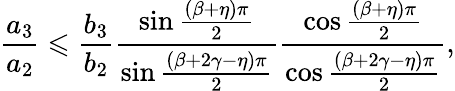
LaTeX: \frac{a_{3}}{a_{2}}\leqslant\frac{b_{3}}{b_{2}}\frac{\sin\frac{\left(\beta+\eta\right)\pi}{2}}{\sin\frac{\left(\beta+2\gamma-\eta\right)\pi}{2}}\frac{\cos\frac{\left(\beta+\eta\right)\pi}{2}}{\cos\frac{\left(\beta+2\gamma-\eta\right)\pi}{2}},